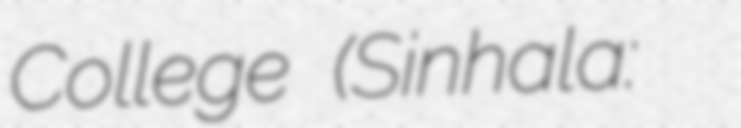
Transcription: College (Sinhala: රණබිම රාජකීය